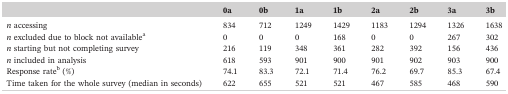
|  | 0a | 0b | 1a | 1b | 2a | 2b | 3a | 3b |
 | --- | --- | --- | --- | --- | --- | --- | --- | --- |
 | n accessing | 834 | 712 | 1249 | 1429 | 1183 | 1294 | 1326 | 1638 |
 | n excluded due to block not availablea | 0 | 0 | 0 | 168 | 0 | 0 | 267 | 302 |
 | n starting but not completing survey | 216 | 119 | 348 | 361 | 282 | 392 | 156 | 436 |
 | n included in analysis | 618 | 593 | 901 | 900 | 901 | 902 | 903 | 900 |
 | Response rateb (%) | 74.1 | 83.3 | 72.1 | 71.4 | 76.2 | 69.7 | 85.3 | 67.4 |
 | Time taken for the whole survey (median in seconds) | 622 | 655 | 521 | 521 | 467 | 585 | 468 | 590 |